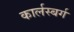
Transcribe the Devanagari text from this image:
कार्लस्बर्ग